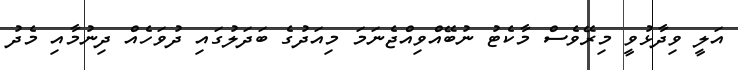
އަލީ ވިދާޅުވީ މިރޭވެސް މާކެޓު ނުބޭއްވިއްޖެނަމަ މިއަދުގެ ބަދަލުގައި ދުވަހެއް ދިނުމާއި މެދު